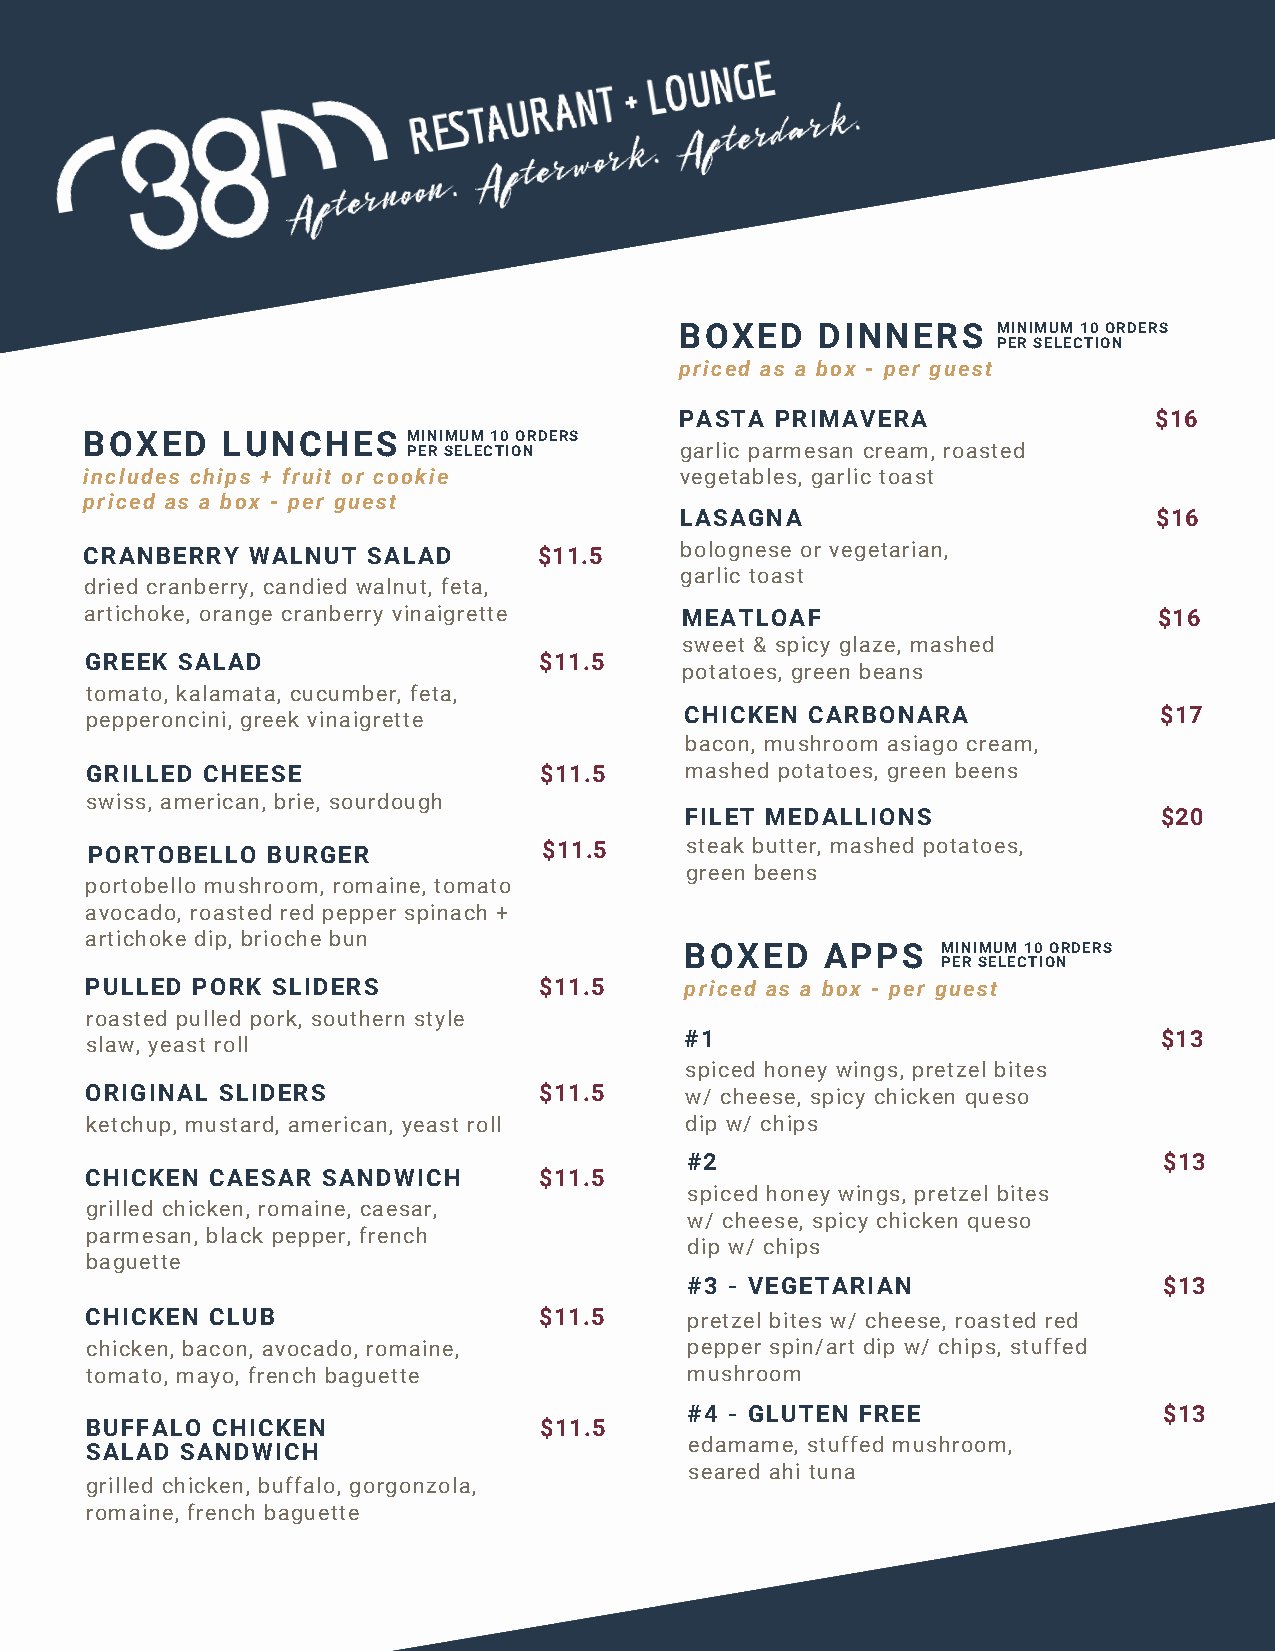
BOXED    DINNERS     MINIMUM 10 ORDERS
 PER SELECTION
 priced as a box - per guest
 PASTA PRIMAVERA                $16
 BOXED    LUNCHES     MINIMUM 10 ORDERS
 PER SELECTION     garlic parmesan cream, roasted
 includes chips + fruit or cookie       vegetables, garlic toast
 priced as a box - per guest
 LASAGNA                         $16
 CRANBERRY WALNUT  SALAD       $11.5    bolognese or vegetarian,
 garlic toast
 dried cranberry, candied walnut, feta,
 artichoke, orange cranberry vinaigrette MEATLOAF                       $16
 sweet & spicy glaze, mashed
 GREEK SALAD                   $11.5
 potatoes, green beans
 tomato, kalamata, cucumber, feta,
 pepperoncini, greek vinaigrette        CHICKEN  CARBONARA              $17
 bacon, mushroom asiago cream,
 GRILLED CHEESE                $11.5    mashed potatoes, green beens
 swiss, american, brie, sourdough
 FILET MEDALLIONS                $20
 PORTOBELLO  BURGER            $11.5    steak butter, mashed potatoes,
 green beens
 portobello mushroom, romaine, tomato
 avocado, roasted red pepper spinach +
 artichoke dip, brioche bun
 BOXED     APPS   MINIMUM 10 ORDERS
 PER SELECTION
 PULLED PORK SLIDERS           $11.5    priced as a box - per guest
 roasted pulled pork, southern style
 #1                              $13
 slaw, yeast roll
 spiced honey wings, pretzel bites
 ORIGINAL SLIDERS              $11.5    w/ cheese, spicy chicken queso
 ketchup, mustard, american, yeast roll dip w/ chips
 #2                              $13
 CHICKEN CAESAR SANDWICH       $11.5
 spiced honey wings, pretzel bites
 grilled chicken, romaine, caesar,
 w/ cheese, spicy chicken queso
 parmesan, black pepper, french
 dip w/ chips
 baguette
 #3 - VEGETARIAN                $13
 CHICKEN CLUB                  $11.5     pretzel bites w/ cheese, roasted red
 chicken, bacon, avocado, romaine,       pepper spin/art dip w/ chips, stuffed
 tomato, mayo, french baguette           mushroom
 #4 - GLUTEN FREE               $13
 BUFFALO CHICKEN               $11.5
 edamame, stuffed mushroom,
 SALAD SANDWICH
 seared ahi tuna
 grilled chicken, buffalo, gorgonzola,
 romaine, french baguette